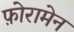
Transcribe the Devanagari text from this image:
फ़ोरामेन